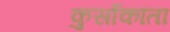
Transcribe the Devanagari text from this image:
कुर्साकांता